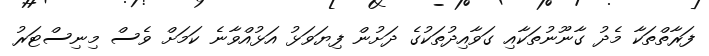
ފަރާތްތަކާ މެދު ގާނޫނުތަކާއި ގަވާއިދުތަކުގެ ދަށުން ފިޔަވަޅު އަޅުއްވާނެ ކަމަށް ވެސް މިނިސްޓަރު